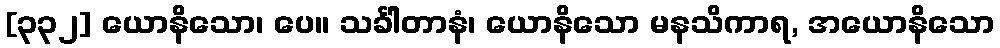
[၃၃၂] ယောနိသော၊ ပေ။ သင်္ခါတာနံ၊ ယောနိသော မနသိကာရ, အယောနိသော